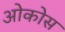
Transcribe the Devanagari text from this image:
ओकोस